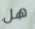
هل